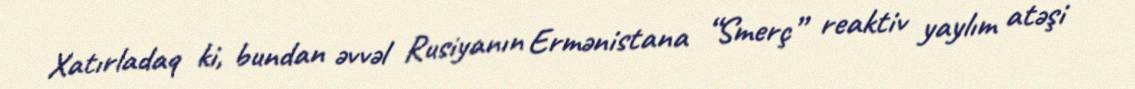
Xatırladaq ki, bundan əvvəl Rusiyanın Ermənistana “Smerç” reaktiv yaylım atəşi